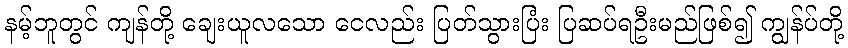
နမ့်ဘူတွင် ကျန်တို့ ချေးယူလသော ငေလည်း ပြတ်သွားပြံး ပြဆပ်ရဦးမည်ဖြစ်၍ ကျွန်ပ်တို့